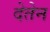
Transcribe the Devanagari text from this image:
देतेन